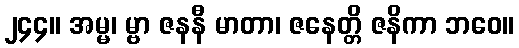
၂၄၄။ အမ္မ၊ မ္ဗာ ဇနနီ မာတာ၊ ဇနေတ္တိ ဇနိကာ ဘဝေ။